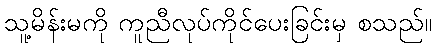
သူ့မိန်းမကို ကူညီလုပ်ကိုင်ပေးခြင်းမှ စသည်။